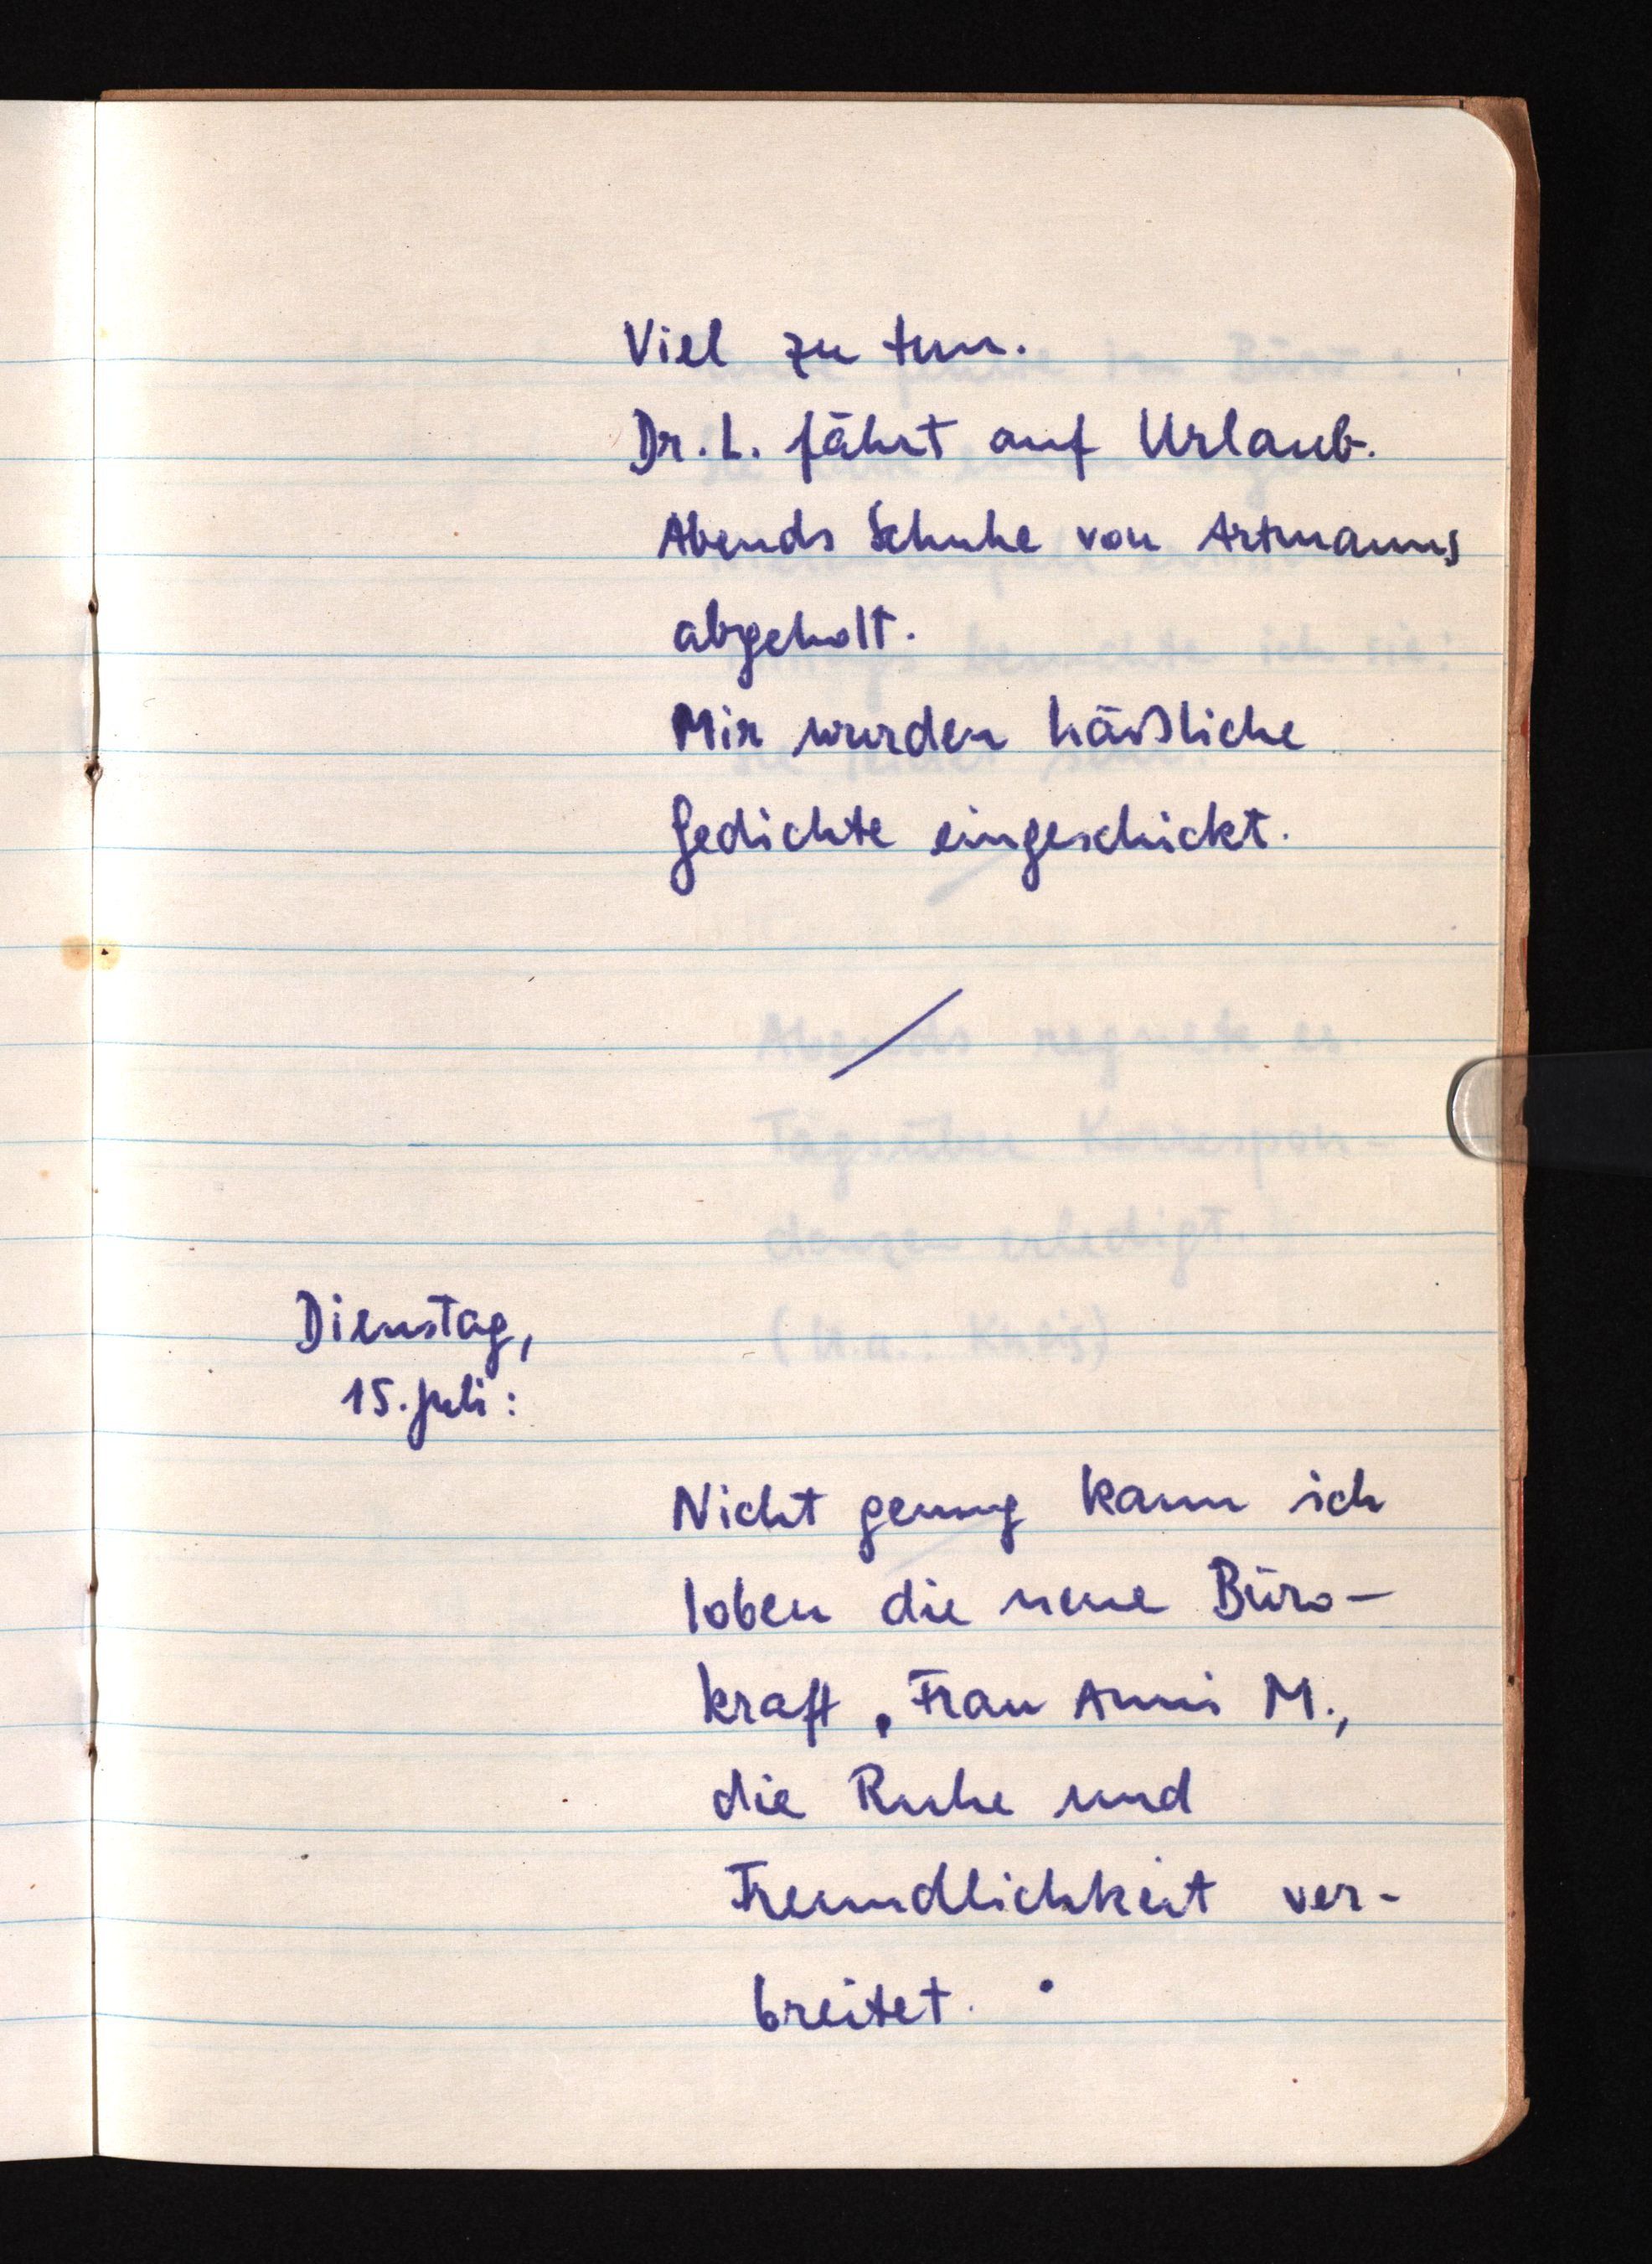
Viel zu tun.
Dr. L. fährt auf Urlaub.
Abends Schuhe von Artmanns
abgeholt.
Mir wurden häßliche
Gedichte eingeschickt.
Dienstag,
15. Juli:
Nicht genug kann ich
loben die neue Büro¬
kraft., Frau Anni M.,
die Ruhe und
Freundlichkeit ver¬
breitet.